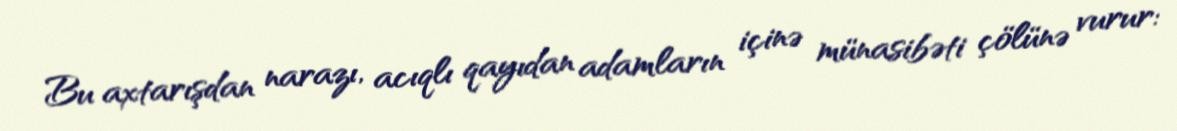
Bu axtarışdan narazı, acıqlı qayıdan adamların içinə münasibəti çölünə vurur: